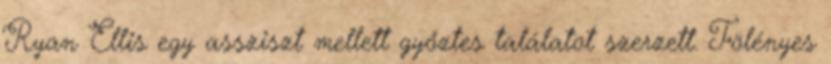
Ryan Ellis egy assziszt mellett győztes találatot szerzett. Fölényes